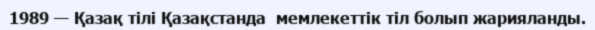
1989 — Қазақ тiлi Қазақстанда  мемлекеттiк тіл болып жарияланды.